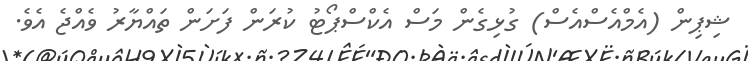
ޝިިޕިން (އެމްއެސްއެސް) ގުޅިގެން މަސް އެކްސްޕޯޓު ކުރަން ފަށަން ތައްޔާރު ވެއްޖެ އެވެ.